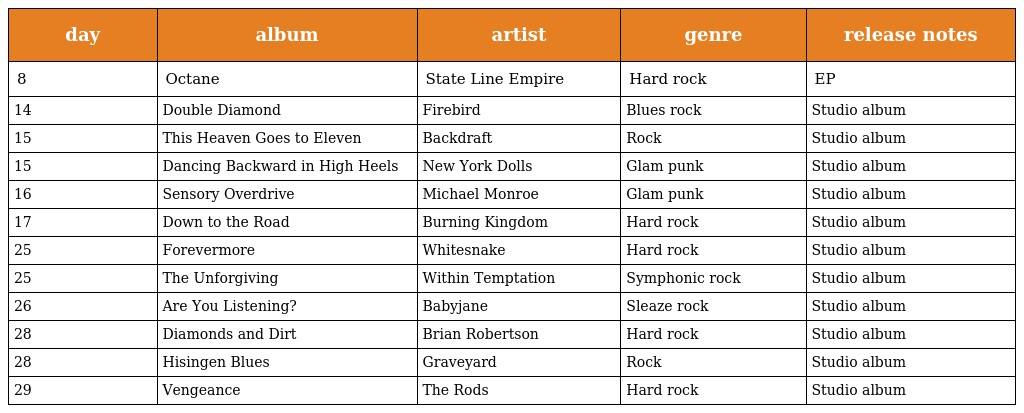
| day | album | artist | genre | release notes |
 | --- | --- | --- | --- | --- |
 | 8 | Octane | State Line Empire | Hard rock | EP |
 | 14 | Double Diamond | Firebird | Blues rock | Studio album |
 | 15 | This Heaven Goes to Eleven | Backdraft | Rock | Studio album |
 | 15 | Dancing Backward in High Heels | New York Dolls | Glam punk | Studio album |
 | 16 | Sensory Overdrive | Michael Monroe | Glam punk | Studio album |
 | 17 | Down to the Road | Burning Kingdom | Hard rock | Studio album |
 | 25 | Forevermore | Whitesnake | Hard rock | Studio album |
 | 25 | The Unforgiving | Within Temptation | Symphonic rock | Studio album |
 | 26 | Are You Listening? | Babyjane | Sleaze rock | Studio album |
 | 28 | Diamonds and Dirt | Brian Robertson | Hard rock | Studio album |
 | 28 | Hisingen Blues | Graveyard | Rock | Studio album |
 | 29 | Vengeance | The Rods | Hard rock | Studio album |